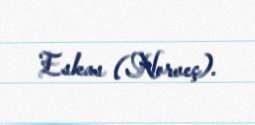
Eskas (Norveç).